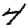
Digit: 4